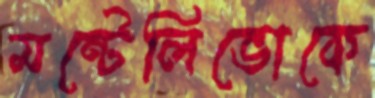
মন্টেলিভোকে